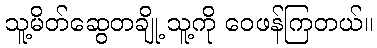
သူ့မိတ်ဆွေတချို့ သူ့ကို ဝေဖန်ကြတယ်။